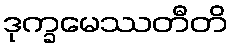
ဒုက္ခမေဿတီတိ